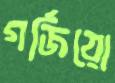
গর্জিয়ো